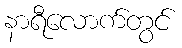
နာရီလောက်တွင်